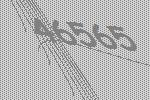
46565